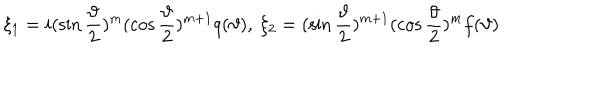
\quad \xi _ { 1 } = i ( \sin \frac \vartheta 2 ) ^ { m } ( \cos \frac \vartheta 2 ) ^ { m + 1 } q ( \vartheta ) , \ \xi _ { 2 } = ( \sin \frac \vartheta 2 ) ^ { m + 1 } ( \cos \frac \vartheta 2 ) ^ { m } f ( \vartheta )